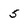
Character: 5